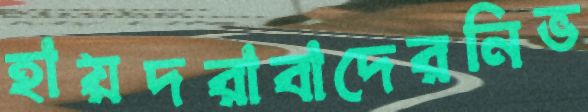
হায়দরাবাদেরনিভ